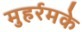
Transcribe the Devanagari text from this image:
मुहर्रमके